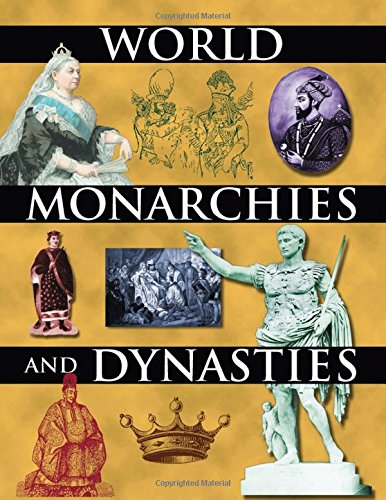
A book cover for World Monarchies and Dynasties; John Middleton; Business & Money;